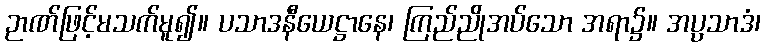
ဉာဏ်ဖြင့်မသက်မူ၍။ ပသာဒနီယေဋ္ဌာနေ၊ ကြည်ညိုအပ်သော အရာ၌။ အပ္ပသာဒံ၊